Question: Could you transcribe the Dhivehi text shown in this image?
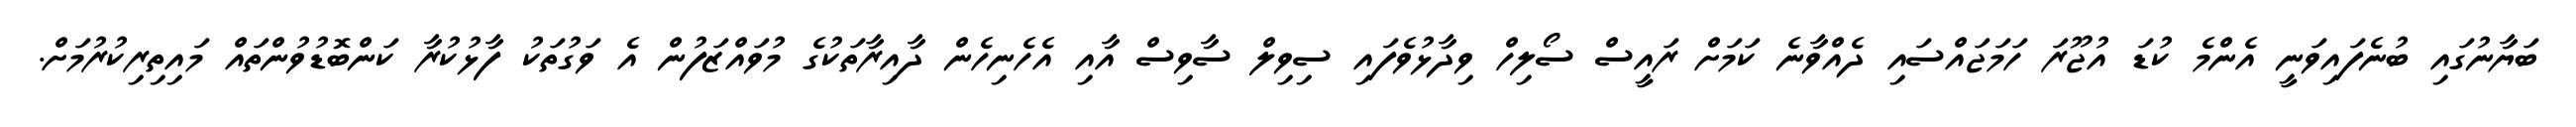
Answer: ބަޔާނުގައި ބުނެފައިވަނީ އެންމެ ކުޑަ އުޖޫރަ ހަމަޖައްސައި ދެއްވާނެ ކަމަށް ރައީސް ސޯލިހް ވިދާޅުވެފައި ސިވިލް ސާވިސް އާއި އެހެނިހެން ދާއިރާތަކުގެ މުވައްޒަފުން އެ ވަގުތަކު ފާޅުކުރާ ކަންބޮޑުވުންތައް މައިތިރިކުރުމަށް.